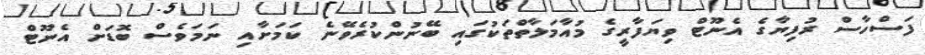
ފަސްހާސް ރުފިޔާގެ އެނޫޓް ވިޔަފާރީގެ މުއާމަލާތްތަކުގައި ބޭނުންކުރެވޭނެ ކަމަށާއި ނަމަވެސް ބޮޑަށް އެނޫޓް